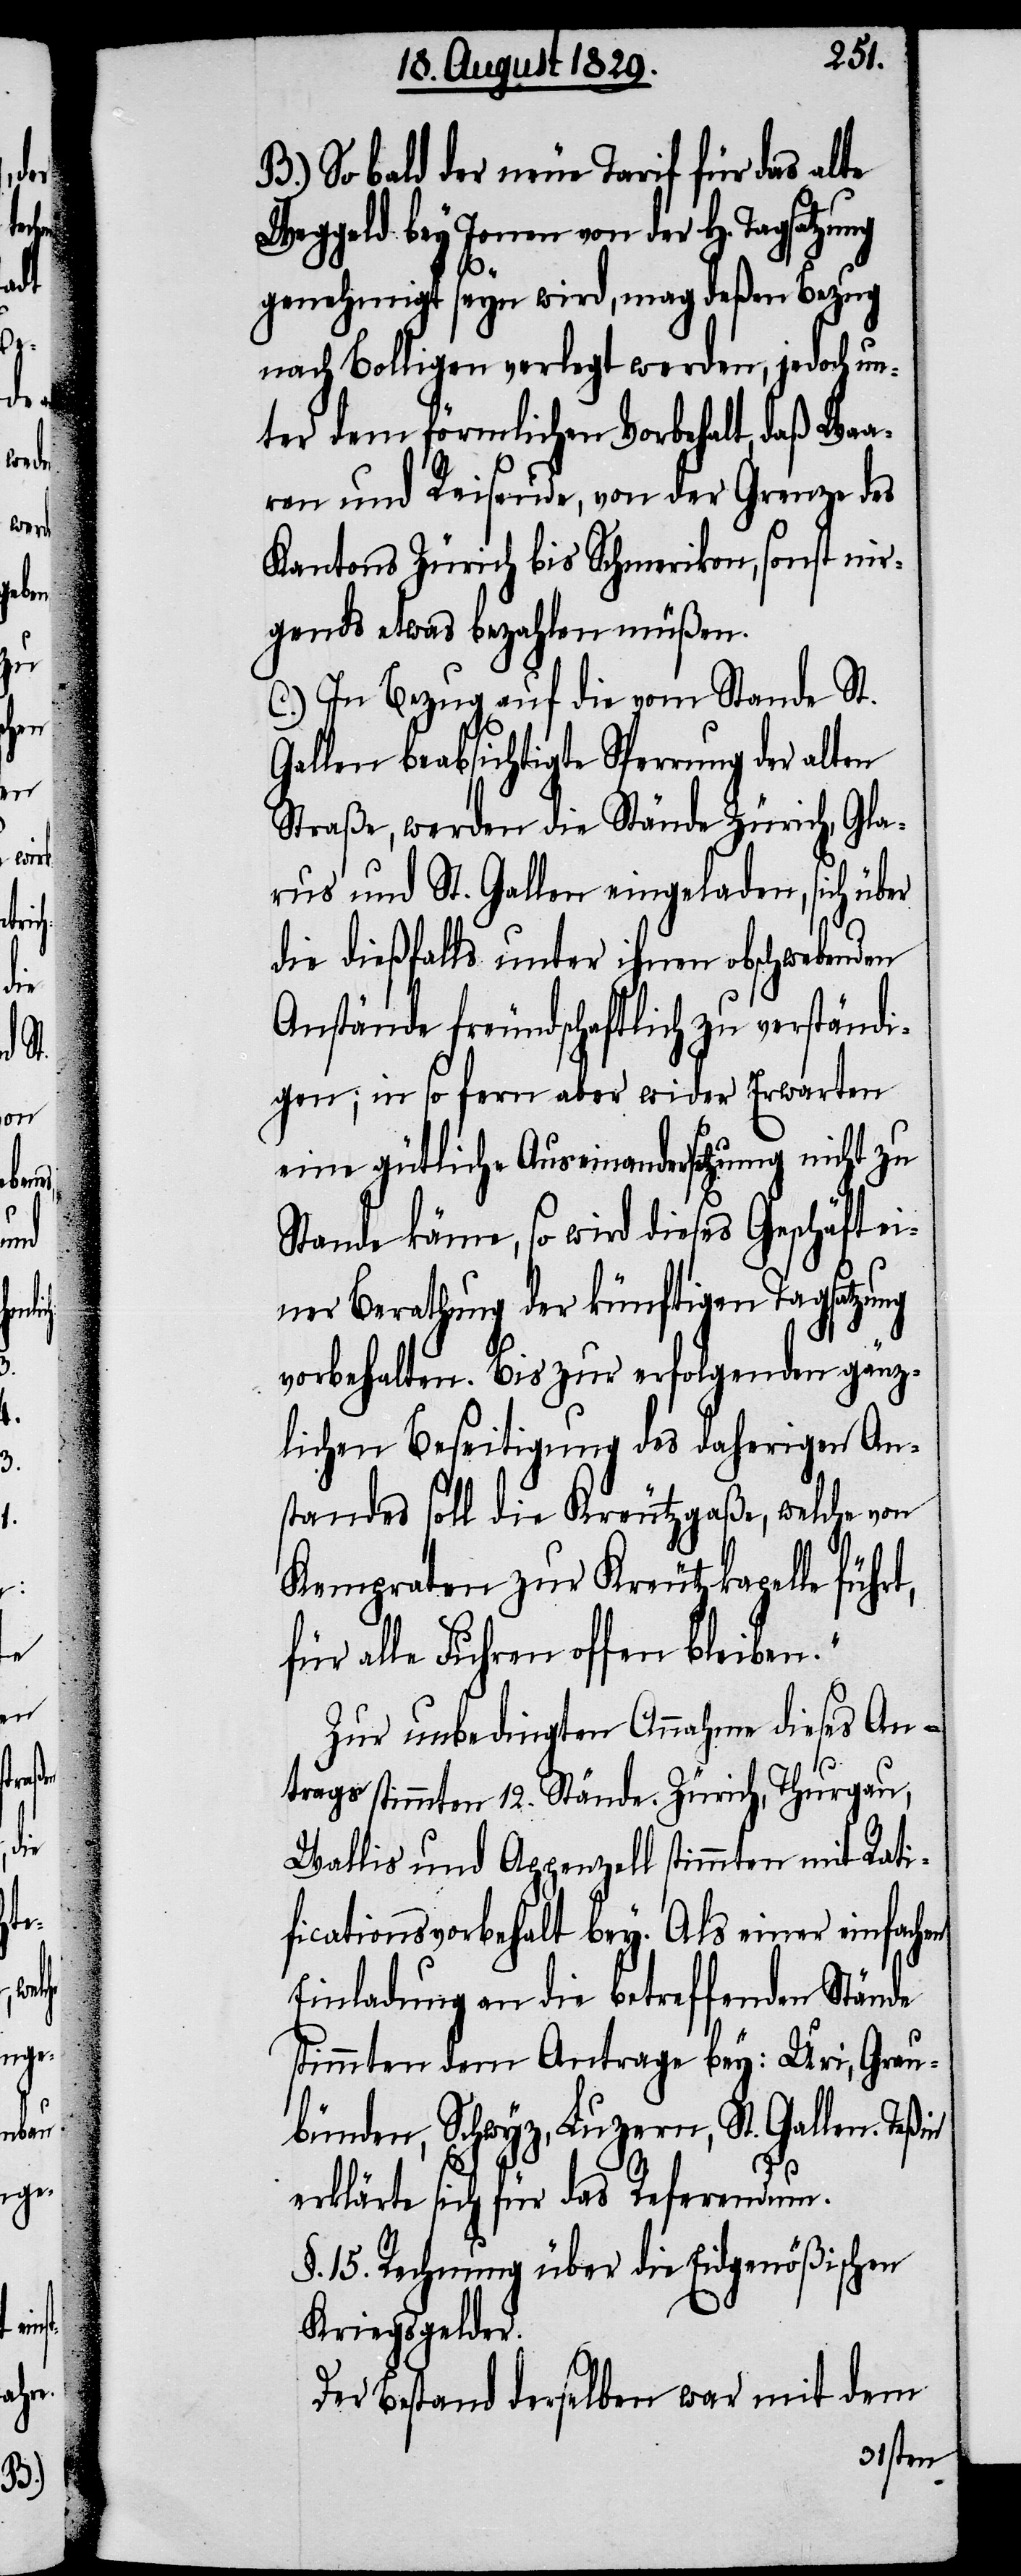
ung
de

B.) So bald der neue Tarif für das alte
Weggeld bey Jonen von der H. Tagsatz¬
genehmigt seyn wird, mag deßen Bezug
nach Bolligen verlegt werden, jedoch un¬
ter dem förmlichen Vorbehalt, daß Waa¬
ren und Reisende, von der Grenze des
Kantons Zürich bis Schmerikon, sonst nir¬
gends etwas bezahlen müßen.
C.) In Bezug auf die vom Stande St.
Gallen beabsichtigte Sperrung der alten
Straße, werden die Stände Zürich, Gla¬
rus und St. Gallen eingeladen, sich über
die dießfalls unter ihnen obschwebenden
Anstände freundschaftlich zu verständi¬
gen; in so fern aber wider Erwarten
eine gütliche Auseinandersetzung nicht zu
Stande käme, so wird dieses Geschäft ei¬
ner Berathung der künftigen Tagsatzung
vorbehalten. Bis zur erfolgenden gänz¬
lichen Beseitigung des daherigen An¬
standes soll die Kreutzgaße, welche von
Kempraten zur Kreutzkapelle führt,
alle Fuhren offen bleibe¬
Zur unbedingten Annahme dieses An¬
trags stimmten 12. Stände. Zürich, Thurgau,
Wallis und Appenzell stimmten mit Rati¬
ficationsvorbehalt bey. Als einer einfachen
Einladung an die betreffenden Stän¬
stimmten dem Antrage bey: Uri, Grau¬
bünden, Schwyz, Luzern, St. Gallen. Teßin
erklärte sich für das Referendum.
§. 15. Rechnung über die Eidgenößischen
Kriegsgelder.
Der Bestand derselben war mit dem